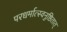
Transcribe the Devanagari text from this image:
परधर्मात्स्वनुष्ठितात्